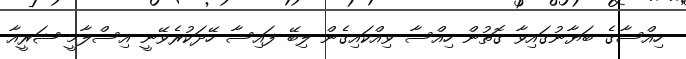
ހިއްސާގެ ބަޔާނުގައިވާ ގޮތުން ހިއްސާ ވިއްކައިގެން ލިބޭ ފައިސާ ހޭދަކުރެވޭނީ އިސްލާމީ ޝަރީއާ